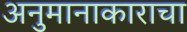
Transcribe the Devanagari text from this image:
अनुमानाकाराचा